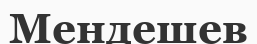
Мендешев